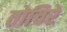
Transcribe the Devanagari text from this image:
तोचिरे